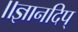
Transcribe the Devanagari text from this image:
॥ज्ञानदिप्